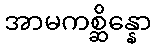
အာမကစ္ဆိန္နော